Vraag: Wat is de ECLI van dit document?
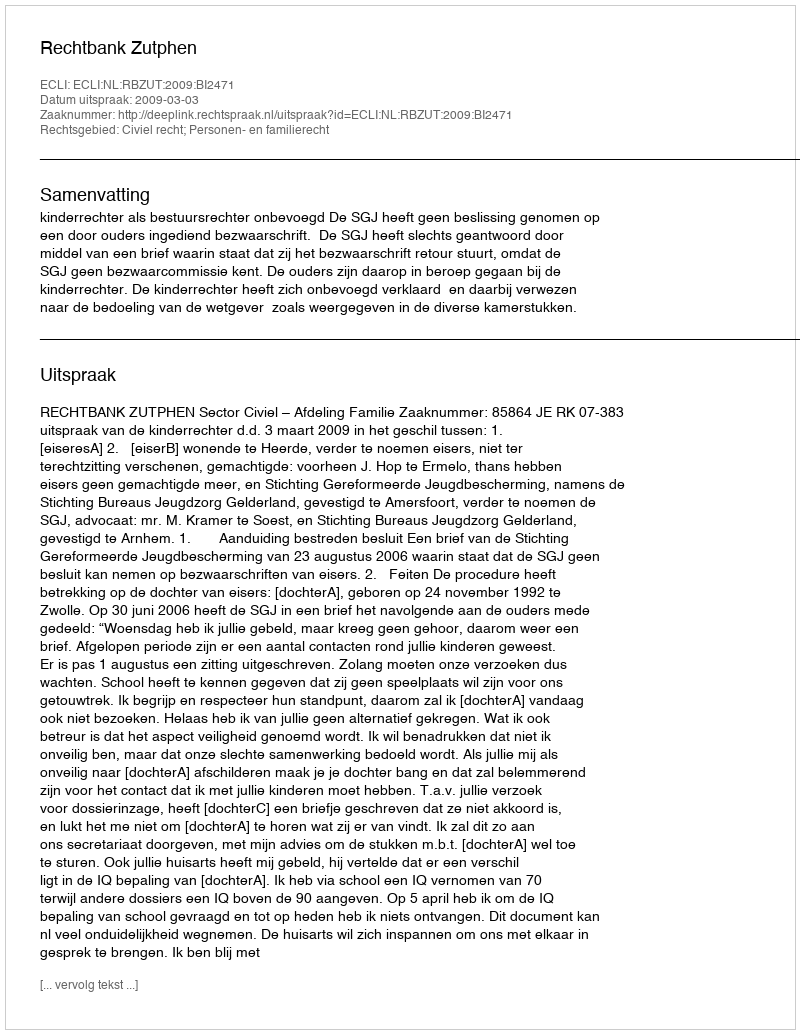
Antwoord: ECLI:NL:RBZUT:2009:BI2471